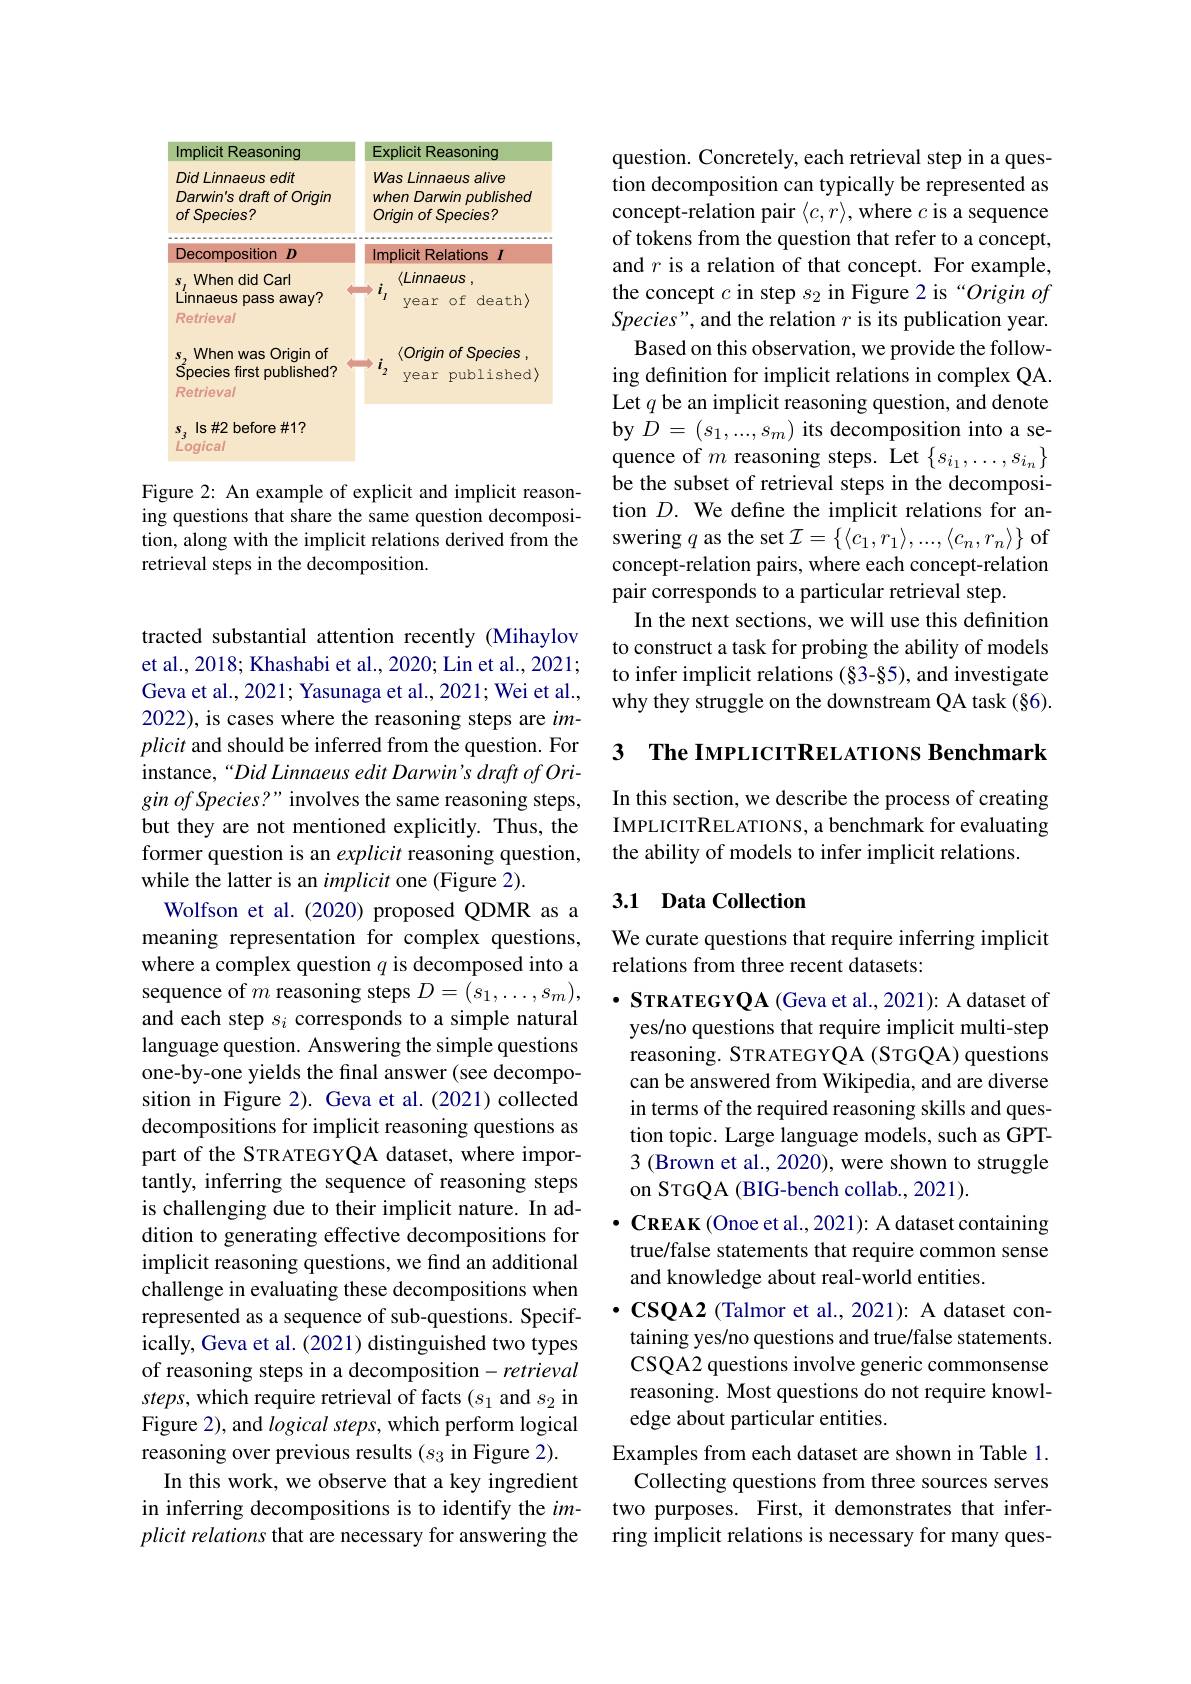
<FigureHere>

Figure 2: An example of explicit and implicit reasoning questions that share the same question decomposition, along with the implicit relations derived from the retrieval steps in the decomposition.

tracted substantial attention recently (Mihaylov et al., 2018; Khashabi et al., 2020; Lin et al., 2021; Geva et al., 2021; Yasunaga et al., 2021; Wei et al., 2022), is cases where the reasoning steps are $im-$ plicit and should be inferred from the question. For instance,“Did Linnaeus edit Darwin's draft of Origin of Species?" involves the same reasoning steps, but they are not mentioned explicitly. Thus, the former question is an explicit reasoning question, while the latter is an implicit one (Figure 2).
Wolfson et al.(2020) proposed QDMR as a meaning representation for complex questions, where a complex question $q$ is decomposed into a sequence of $m$ reasoning steps $D=(s_1,\ldots,s_m)$, and each step $s_i$ corresponds to a simple natural language question. Answering the simple questions one-by-one yields the final answer (see decomposition in Figure 2). Geva et al.(2021) collected decompositions for implicit reasoning questions as part of the STRATEGYQA dataset, where importantly, inferring the sequence of reasoning steps is challenging due to their implicit nature. In addition to generating effective decompositions for implicit reasoning questions, we find an additional challenge in evaluating these decompositions when represented as a sequence of sub-questions. Specifically, Geva et al. (2021) distinguished two types of reasoning steps in a decomposition- retrieval steps, which require retrieval of facts (s 1 and $s_2$ in Figure 2), and logical steps, which perform logical reasoning over previous results $(s_3$ in Figure 2).
In this work, we observe that a key ingredient in inferring decompositions is to identify the $im-$ $plicit\textit{ relations that are necessary for answering the}$

question. Concretely, each retrieval step in a question decomposition can typically be represented as concept-relation pair $\langle c,r\rangle$,where $c$ is a sequence of tokens from the question that refer to a concept, and $r$ is a relation of that concept. For example, the concept $c$ in step $s_2$ in Figure 2 is “Origin of Species", and the relation $r$ is its publication year.
Based on this observation, we provide the following definition for implicit relations in complex QA. Let $q$ be an implicit reasoning question, and denote by $D=(s_{1},...,s_{m})$ its decomposition into a sequence of $m$ reasoning steps. Let $\{s_{i_1},\ldots,s_{i_n}\}$ be the subset of retrieval steps in the decomposition $D.$ We define the implicit relations for answering $q$ as the set $\mathcal{I}=\{\langle c_1,r_1\rangle,...,\langle c_n,r_n\rangle\}$ of concept-relation pairs, where each concept-relation pair corresponds to a particular retrieval step.
In the next sections, we will use this definition to construct a task for probing the ability of models to infer implicit relations (§3-§5), and investigate why they struggle on the downstream QA task (§6).

3 $\textbf{The IMPLICITRELATIONS Benchmark}$

In this section, we describe the process of creating IMPLICITRELATIONS, a benchmark for evaluating the ability of models to infer implicit relations.

## 3.1 Data Collection

We curate questions that require inferring implicit
relations from three recent datasets:

$\cdot$ STRATEGYQA (Geva et al., 2021): A dataset of yes/no questions that require implicit multi-step reasoning. STRATEGYQA (STGQA) questions can be answered from Wikipedia, and are diverse in terms of the required reasoning skills and question topic. Large language models, such as GPT- 3 (Brown et al., 2020), were shown to struggle on STGQA (BIG-bench collab., 2021).
$\cdot$ CREAK (Onoe et al., 2021): A dataset containing true/false statements that require common sense and knowledge about real-world entities.
$\cdot$CSQA2 ( Talmor et al. , 2021) : A dataset con- taining yes/no questions and true/false statements. CSQA2 questions involve generic commonsense reasoning. Most questions do not require knowledge about particular entities.
Examples from each dataset are shown in Table 1. Collecting questions from three sources serves two purposes. First, it demonstrates that inferring implicit relations is necessary for many ques-